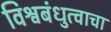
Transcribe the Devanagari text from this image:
विश्वबंधुत्वाचा